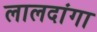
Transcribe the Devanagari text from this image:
लालदांगा